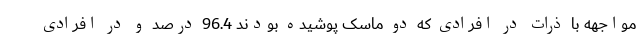
مواجهه با ذرات در افرادی که دو ماسک پوشیده بودند 96.4 درصد و در افرادی